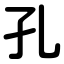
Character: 孔